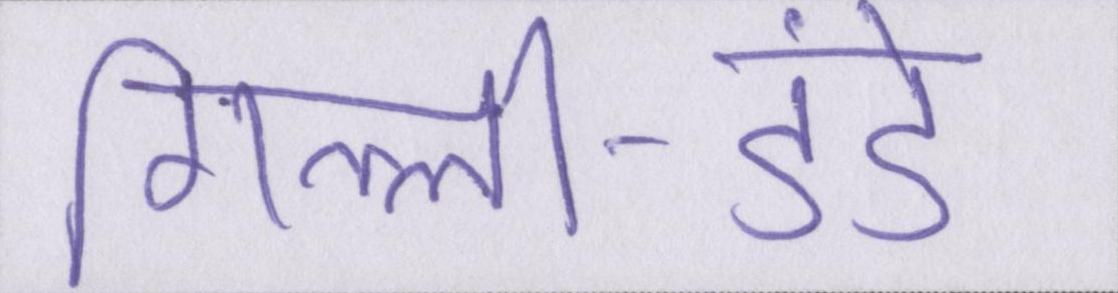
गिल्ली-डंडे